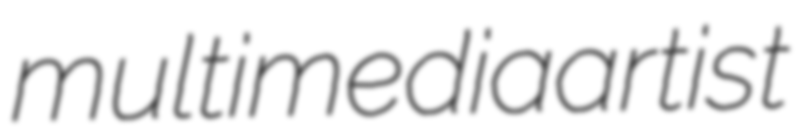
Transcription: multimedia artist